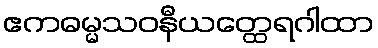
ဧကဓမ္မသဝနီယတ္ထေရဂါထာ